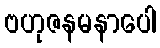
ဗဟုဇနမနာပေါ